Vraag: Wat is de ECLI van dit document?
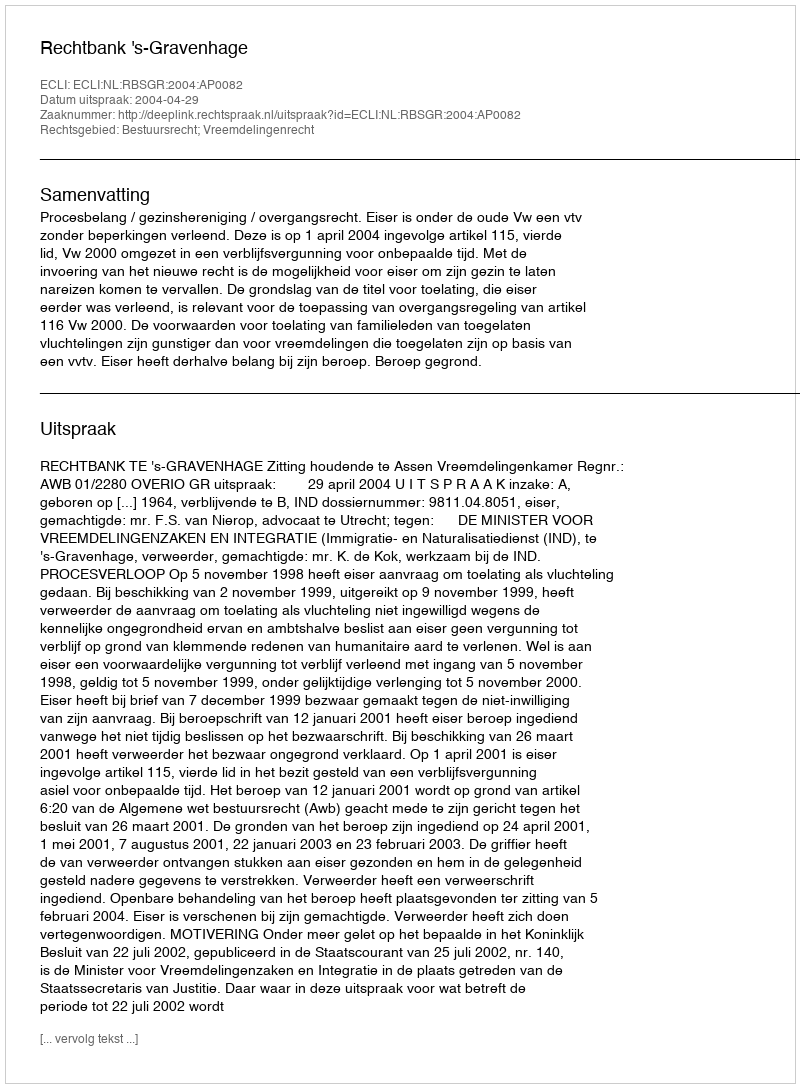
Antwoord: ECLI:NL:RBSGR:2004:AP0082